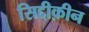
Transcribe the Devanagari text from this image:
सिद्दीक़ीन